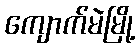
ကျောက်မဲမြို့